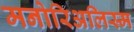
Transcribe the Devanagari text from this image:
मनोरिअलिस्म